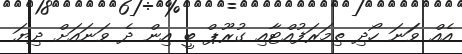
އެއް ވަަނަ ހޯދި ތިމަރަފުއްޓާއި ގުރޫޕް ބީ އިން ދެ ވަނައަށް ދިޔަ